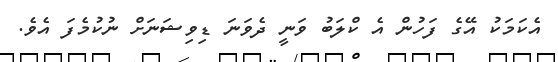
އެކަމަކު އޭގެ ފަހުން އެ ކްލަބު ވަނީ ދެވަނަ ޑިވިޝަނަށް ނުކުމެފަ އެވެ.